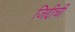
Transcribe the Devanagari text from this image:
जिद्दीची